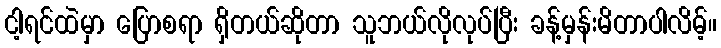
ငါ့ရင်ထဲမှာ ပြောစရာ ရှိတယ်ဆိုတာ သူဘယ်လိုလုပ်ပြီး ခန့်မှန်းမိတာပါလိမ့်။